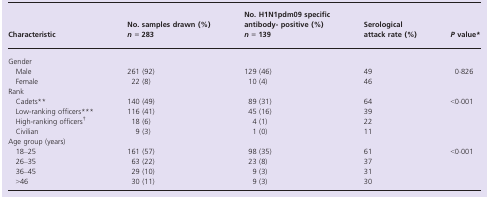
<table><thead><tr><td rowspan="2"><b>Characteristic</b></td><td><b>No. samples drawn (%)</b></td><td><b>No. H1N1pdm09 specific antibody- positive (%)</b></td><td rowspan="2"><b>Serological attack rate (%)</b></td><td rowspan="2"><b><i>P</i> value*</b></td></tr><tr><td><b><i>n</i> = 283</b></td><td><b><i>n</i> = 139</b></td></tr></thead><tbody><tr><td colspan="5">Gender</td></tr><tr><td> Male</td><td>261 (92)</td><td>129 (46)</td><td>49</td><td rowspan="2">0·826</td></tr><tr><td> Female</td><td>22 (8)</td><td>10 (4)</td><td>46</td></tr><tr><td colspan="5">Rank</td></tr><tr><td> Cadets**</td><td>140 (49)</td><td>89 (31)</td><td>64</td><td rowspan="4">&lt;0·001</td></tr><tr><td> Low-ranking officers***</td><td>116 (41)</td><td>45 (16)</td><td>39</td></tr><tr><td> High-ranking officers†</td><td>18 (6)</td><td>4 (1)</td><td>22</td></tr><tr><td> Civilian</td><td>9 (3)</td><td>1 (0)</td><td>11</td></tr><tr><td colspan="5">Age group (years)</td></tr><tr><td> 18–25</td><td>161 (57)</td><td>98 (35)</td><td>61</td><td rowspan="4">&lt;0·001</td></tr><tr><td> 26–35</td><td>63 (22)</td><td>23 (8)</td><td>37</td></tr><tr><td> 36–45</td><td>29 (10)</td><td>9 (3)</td><td>31</td></tr><tr><td> &gt;46</td><td>30 (11)</td><td>9 (3)</td><td>30</td></tr></tbody></table>